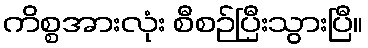
ကိစ္စအားလုံး စီစဉ်ပြီးသွားပြီ။